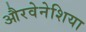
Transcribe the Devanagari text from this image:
औरवेनेशिया